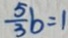
\frac { 5 } { 3 } b = 1